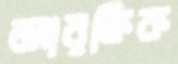
আরক্ষিক